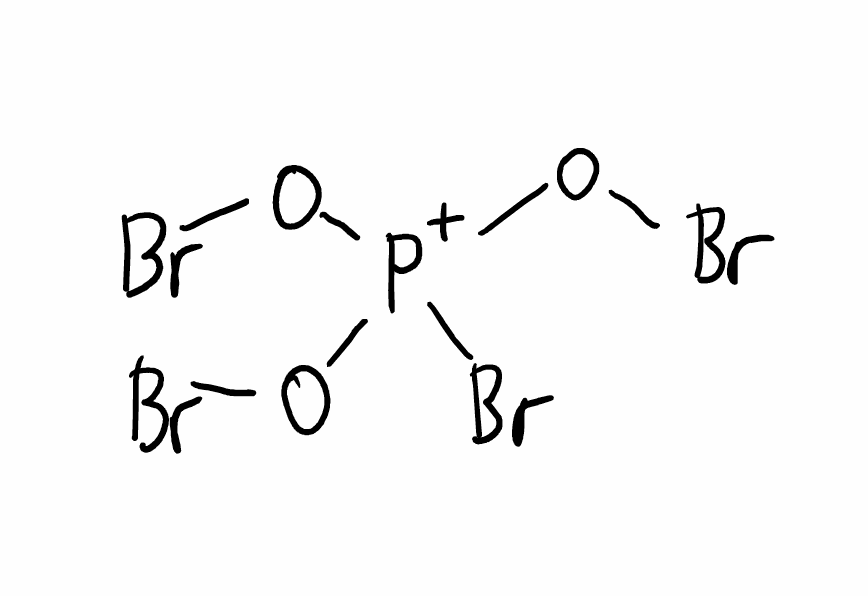
Simplified molecular-input line-entry system (SMILES) notation of the given molecule:
O([P+](OBr)(OBr)Br)Br